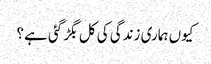
کیوں ہماری زندگی کی کل بگڑ گئی ہے؟